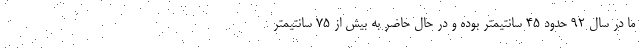
ما در سال 92 حدود 45 سانتیمتر بوده و در حال حاضر به بیش از 75 سانتیمتر